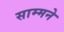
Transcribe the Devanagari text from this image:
साम्मने